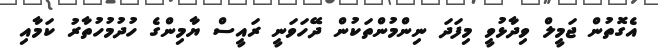
އެގޮތުން ޖަމީލް ވިދާޅުވީ މިފަދަ ނިންމުންތަކުން ދޭހަވަނީ ރައީސް ޔާމިންގެ ހުދުމުހުތާރު ކަމާއި